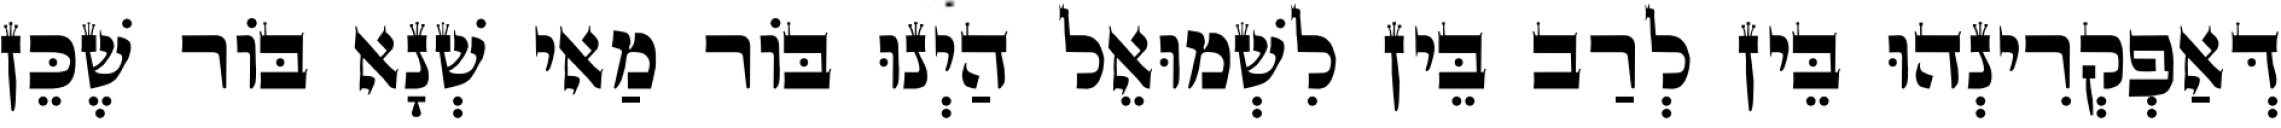
דְּאַפְקְרִינְהוּ בֵּין לְרַב בֵּין לִשְׁמוּאֵל הַיְנוּ בּוֹר מַאי שְׁנָא בּוֹר שֶׁכֵּן